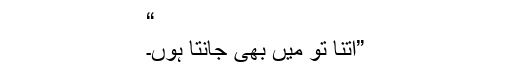
“
”اتنا تو میں بھی جانتا ہوں۔